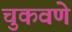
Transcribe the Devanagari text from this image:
चुकवणे